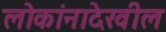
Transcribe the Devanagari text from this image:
लोकांनादेखील